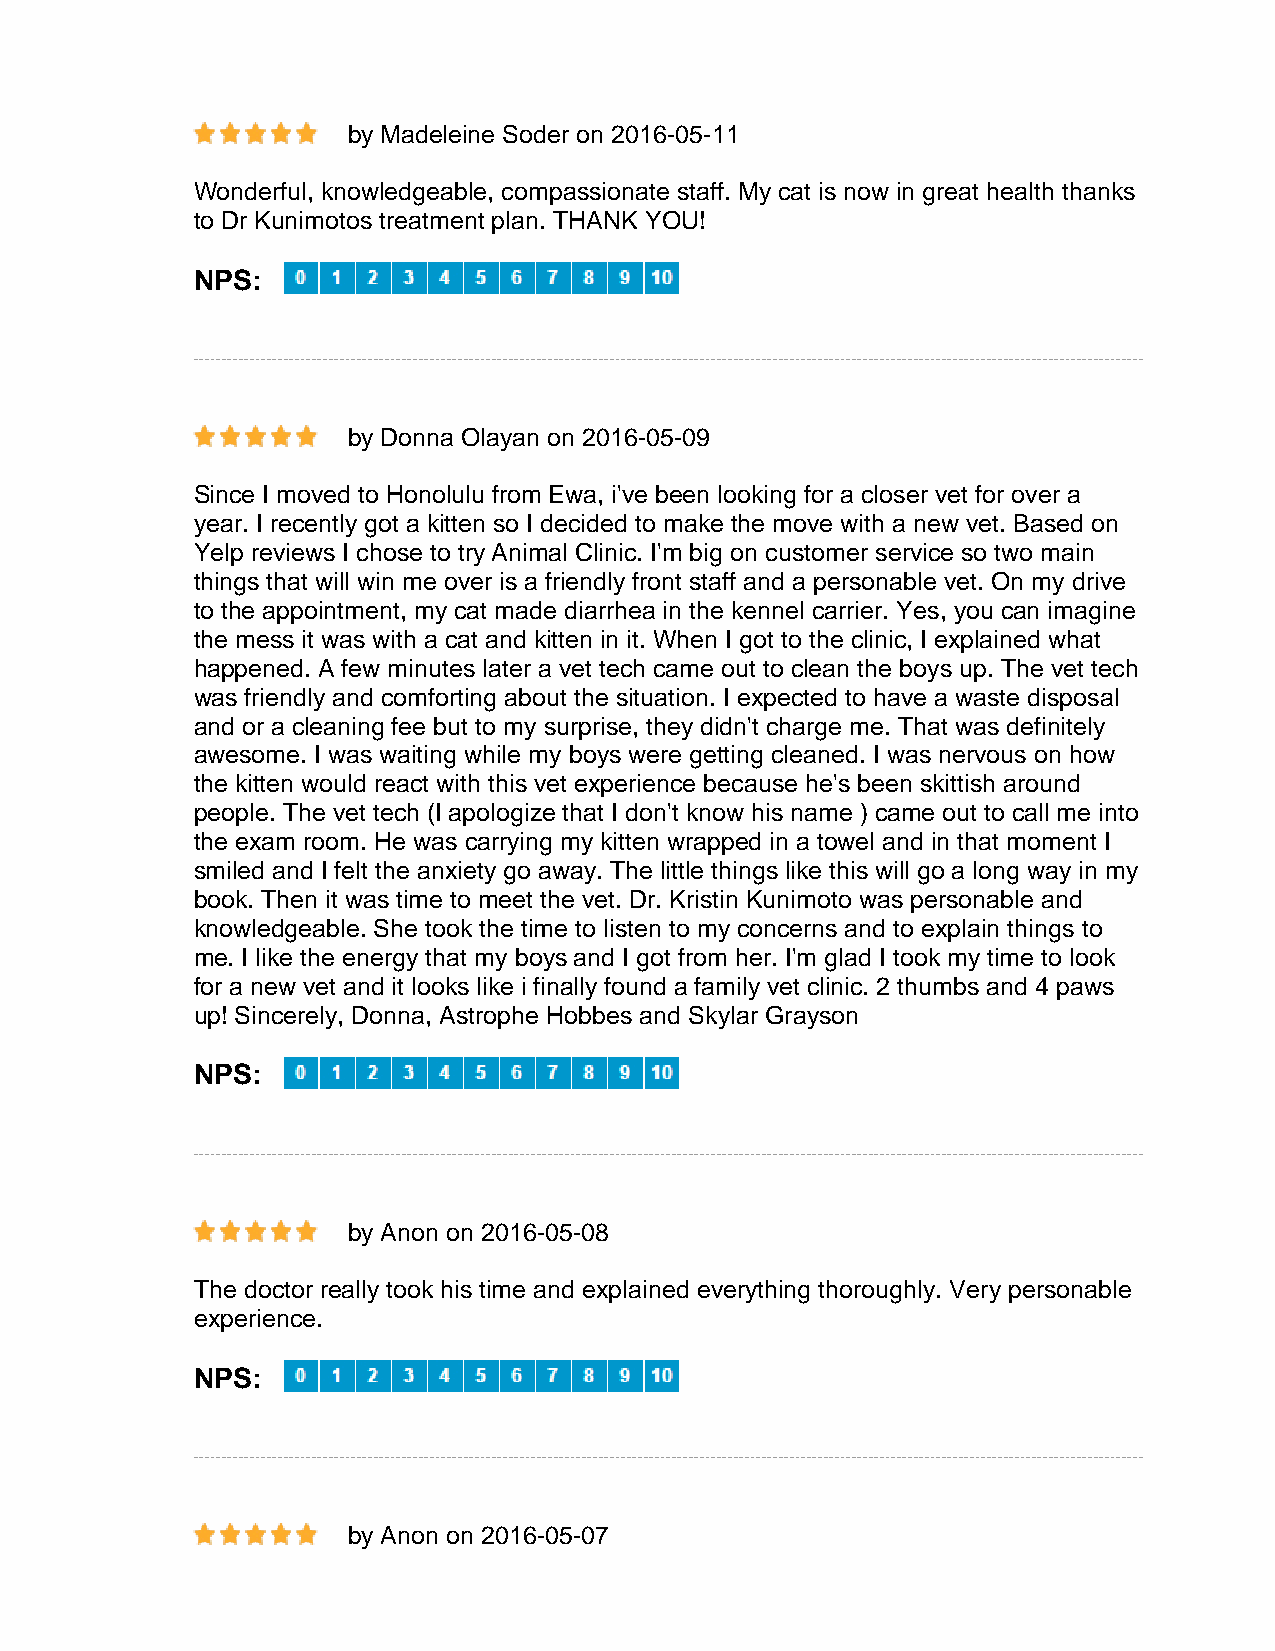
by Madeleine Soder on 2016-05-11
 Wonderful, knowledgeable, compassionate staff. My cat is now in great health thanks
 to Dr Kunimotos treatment plan. THANK YOU!
 NPS:
 by Donna Olayan on 2016-05-09
 Since I moved to Honolulu from Ewa, i've been looking for a closer vet for over a
 year. I recently got a kitten so I decided to make the move with a new vet. Based on
 Yelp reviews I chose to try Animal Clinic. I'm big on customer service so two main
 things that will win me over is a friendly front staff and a personable vet. On my drive
 to the appointment, my cat made diarrhea in the kennel carrier. Yes, you can imagine
 the mess it was with a cat and kitten in it. When I got to the clinic, I explained what
 happened. A few minutes later a vet tech came out to clean the boys up. The vet tech
 was friendly and comforting about the situation. I expected to have a waste disposal
 and or a cleaning fee but to my surprise, they didn't charge me. That was definitely
 awesome. I was waiting while my boys were getting cleaned. I was nervous on how
 the kitten would react with this vet experience because he's been skittish around
 people. The vet tech (I apologize that I don't know his name ) came out to call me into
 the exam room. He was carrying my kitten wrapped in a towel and in that moment I
 smiled and I felt the anxiety go away. The little things like this will go a long way in my
 book. Then it was time to meet the vet. Dr. Kristin Kunimoto was personable and
 knowledgeable. She took the time to listen to my concerns and to explain things to
 me. I like the energy that my boys and I got from her. I'm glad I took my time to look
 for a new vet and it looks like i finally found a family vet clinic. 2 thumbs and 4 paws
 up! Sincerely, Donna, Astrophe Hobbes and Skylar Grayson
 NPS:
 by Anon on 2016-05-08
 The doctor really took his time and explained everything thoroughly. Very personable
 experience.
 NPS:
 by Anon on 2016-05-07